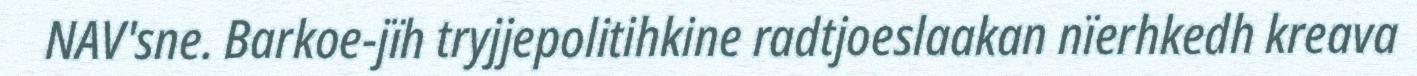
NAV'sne. Barkoe-jïh tryjjepolitihkine radtjoeslaakan nïerhkedh kreava